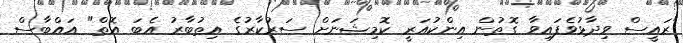
"ރައީސް ވިދާޅުވެފައިވާ ގޮތުން އިންކުއަރީ ކޮމިޝަނަށް ސަރުކާރުގެ އިތުބާރު އެބަ އޮތް" އައްބާސް